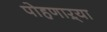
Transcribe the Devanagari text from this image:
पोहणाऱ्या